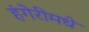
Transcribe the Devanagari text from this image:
हंगेरीमधे